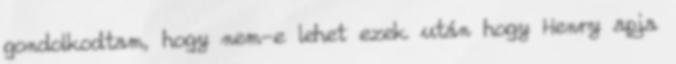
gondolkodtam, hogy nem-e lehet ezek után hogy Henry apja